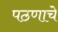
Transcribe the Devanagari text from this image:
पठणाचे